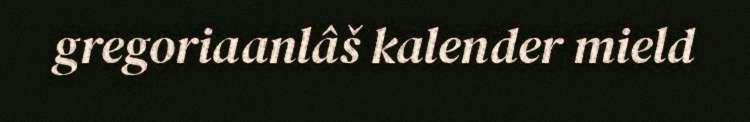
gregoriaanlâš kalender mield